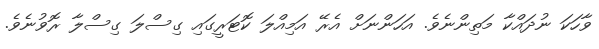
ވާހަކަ ނުދައްކާ މަތިންނެވެ. އަހަންނަށް އެރޭ އަމިއްލަ ކޮޓަރީގައި ގިސްލަ ގިސްލާ ރޮވުނެވެ.